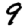
Digit: 9